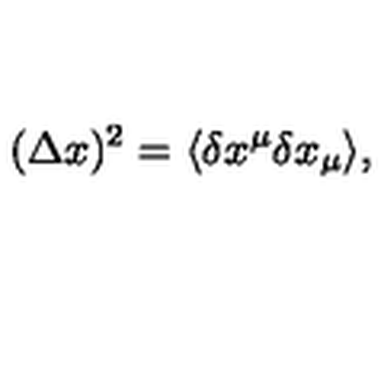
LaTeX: ( \Delta x ) ^ { 2 } = \langle \delta x ^ { \mu } \delta x _ { \mu } \rangle ,